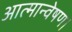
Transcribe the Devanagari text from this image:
आत्मान्वेषण।